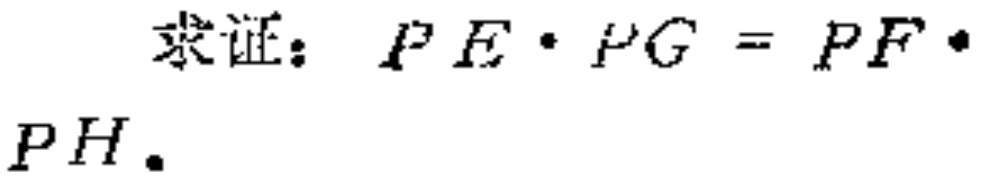
求证：\(PE\cdot PG = PF\cdot PH\)。